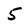
Character: 5